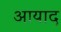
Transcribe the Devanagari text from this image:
आयाद